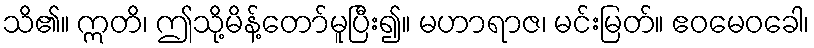
သိ၏။ ဣတိ၊ ဤသို့မိန့်တော်မူပြီး၍။ မဟာရာဇ၊ မင်းမြတ်။ ဧဝမေဝခေါ၊